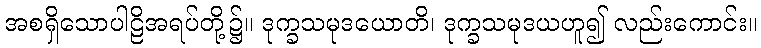
အစရှိသောပါဠိအရပ်တို့၌။ ဒုက္ခသမုဒယောတိ၊ ဒုက္ခသမုဒယဟူ၍ လည်းကောင်း။